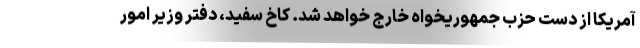
آمریکا از دست حزب جمهوریخواه خارج خواهد شد. کاخ سفید، دفتر وزیر امور